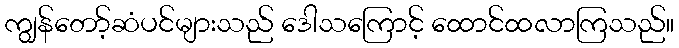
ကျွန်တော့်ဆံပင်များသည် ဒေါသကြောင့် ထောင်ထလာကြသည်။